system: You are a helpful assistant.
user:
Analyze the provided spectrum to determine if it is a **"Cataclysmic Variables (CV)"**.

- **Key Indicators for CV (Check for either state):**
    - **State 1: Quiescent / Low-State (Emission-Dominated)**
        - **(Primary):** Strong and *very broad* Hydrogen Balmer emission lines (e.g., $H\alpha$ at 6563 Å, $H\beta$ at 4861 Å). The 'broadness' (high velocity dispersion, often FWHM > 1000 km/s) is the key diagnostic, indicating a high-velocity accretion disk.
        - **(Secondary):** Broad neutral Helium (He I) emission lines (e.g., 5876 Å, 6678 Å).
        - **(Key Confirmation):** Presence of high-excitation *ionized* Helium (He II) emission at 4686 Å. This is a strong indicator of accretion onto a white dwarf.
        - **(Line Profile):** Emission lines may exhibit a 'double-peaked' profile, which is a classic signature of a rotating accretion disk viewed at high inclination.

    - **State 2: Outburst / High-State (Absorption-Dominated)**
        - **(Primary):** Spectrum is dominated by a bright, blue continuum (looks like a hot star).
        - **(Secondary):** The emission lines from State 1 are weak, absent, or 'filled in', and are replaced by broad, shallow *absorption* lines (primarily Balmer and He I).
        - **(Morphology):** The overall spectrum mimics a hot B/A-type star. The crucial difference is that the absorption lines are significantly broader, shallower, and more 'washed-out' (or 'smeared') than the sharp lines of a normal stellar photosphere, due to high rotational speeds and pressure broadening in the disk.

Think first, call **spectral_visualization_tool** if needed to examine features in detail, then provide your final answer. Your response must adhere to the following strict rules:
1.  **Overall Structure:** Your response must follow the format `<think>...</think> <tool_call>...</tool_call> (if a tool is used) <answer>...</answer>`.
2.  **Tool Usage Constraint:** You may only make **one** tool call per turn.
3.  **Final Answer Format:** In the `<answer>` tag, your conclusion must be inside a `\boxed{}` command (e.g., `\boxed{YES}`), followed by your justification.

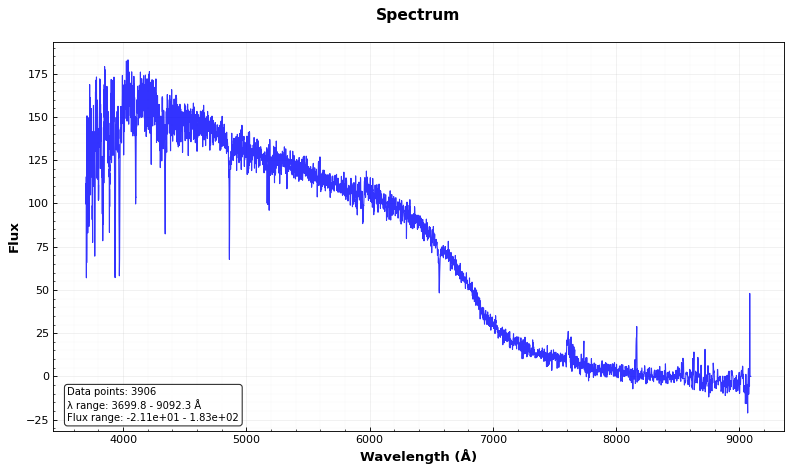
Answer: NO